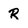
Character: R